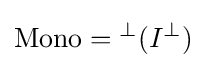
\operatorname {Mono} ={}^{\perp }(I^{\perp })